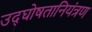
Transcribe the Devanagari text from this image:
उद्घोषतानियंत्रण